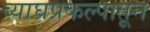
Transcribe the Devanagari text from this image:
व्याघ्रप्रकल्पातून